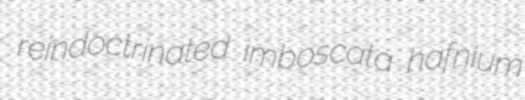
reindoctrinated imboscata hafnium